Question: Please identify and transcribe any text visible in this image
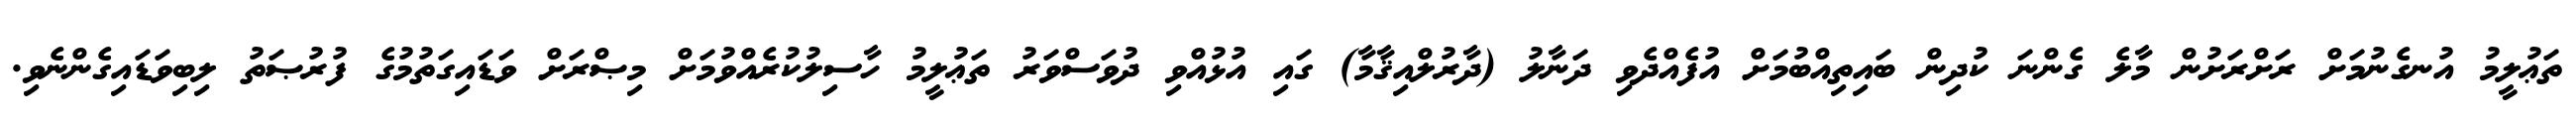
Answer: ތަޢުލީމު އުނގެނުމަށް ރަށްރަށުން މާލެ ގެންނަ ކުދިން ބައިތިއްބުމަށް އުފެއްދެވި ދަނާލު (ދާރުލްއިޤާމާ) ގައި އުޅުއްވި ދުވަސްވަރު ތަޢުލީމު ހާސިލުކުރެއްވުމަށް މިޞްރަށް ވަޑައިގަތުމުގެ ފުރުޞަތު ލިބިވަޑައިގެންނެވި.